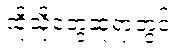
ထိုသို့တွေ့ဆုံရာတွင်